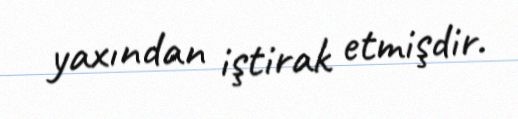
yaxından iştirak etmişdir.